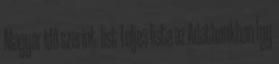
Magyar idő szerint list Teljes lista az Adatbankban Így